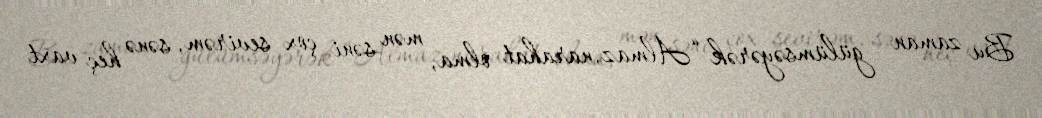
Bu zaman gülümsəyərək “Almaz, narahat olma, mən səni çox sevirəm, sənə heç vaxt